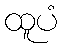
ထူပံ